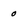
Character: 0